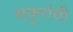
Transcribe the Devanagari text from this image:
सकुरांची